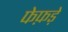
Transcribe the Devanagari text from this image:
फेफ़ड़े